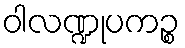
ဝါလဏ္ဍုပကဉ္စ